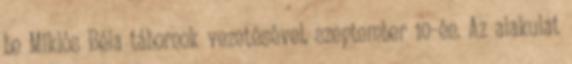
be Miklós Béla tábornok vezetésével, szeptember 10-én. Az alakulat